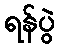
ရန်ပွဲ